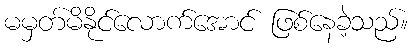
မမှတ်မိနိုင်လောက်အောင် ဖြစ်နေခဲ့သည်။